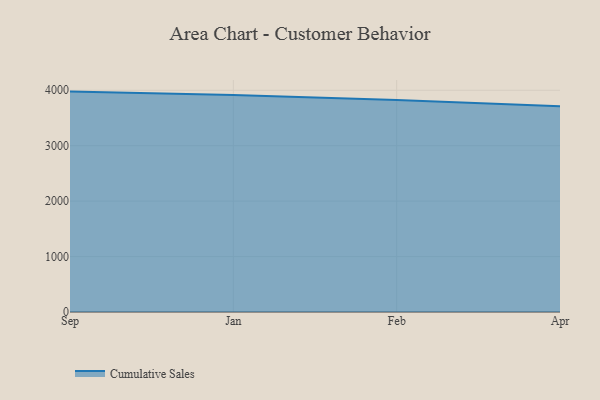
{"axis": {"x": "Month", "y": "Operating Costs (USD K)"}, "legend": ["Cumulative Sales"], "data": [{"x": "Sep", "y": 3975.7, "type": "Cumulative Sales"}, {"x": "Jan", "y": 3913.6, "type": "Cumulative Sales"}, {"x": "Feb", "y": 3826.2, "type": "Cumulative Sales"}, {"x": "Apr", "y": 3711.3, "type": "Cumulative Sales"}]}